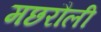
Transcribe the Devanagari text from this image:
मछरौली